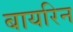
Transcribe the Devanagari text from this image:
बायरिन